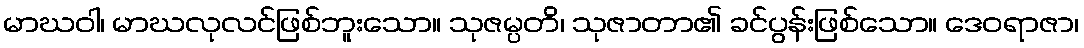
မာဃဝါ၊ မာဃလုလင်ဖြစ်ဘူးသော။ သုဇမ္ပတိ၊ သုဇာတာ၏ ခင်ပွန်းဖြစ်သော။ ဒေဝရာဇာ၊